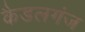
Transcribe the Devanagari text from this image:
कैडलगंज